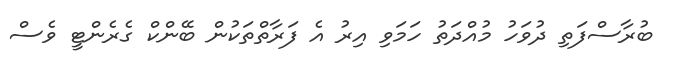
ބުރާސްފަތި ދުވަހު މުއްދަތު ހަމަވި އިރު އެ ފަރާތްތަކުން ބޭންކް ގެރެންޓީ ވެސް